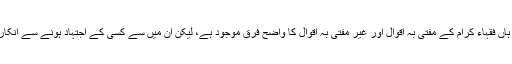
اسی طرح ہمارے ہاں فقہاء کرام کے مفتیٰ بہ اقوال اور غیر مفتیٰ بہ اقوال کا واضح فرق موجود ہے، لیکن ان میں سے کسی کے اجتہاد ہونے سے انکار نہیں کیا جا سکتا۔